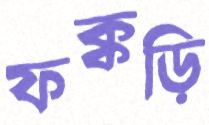
ফক্কড়ি